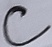
Text: C